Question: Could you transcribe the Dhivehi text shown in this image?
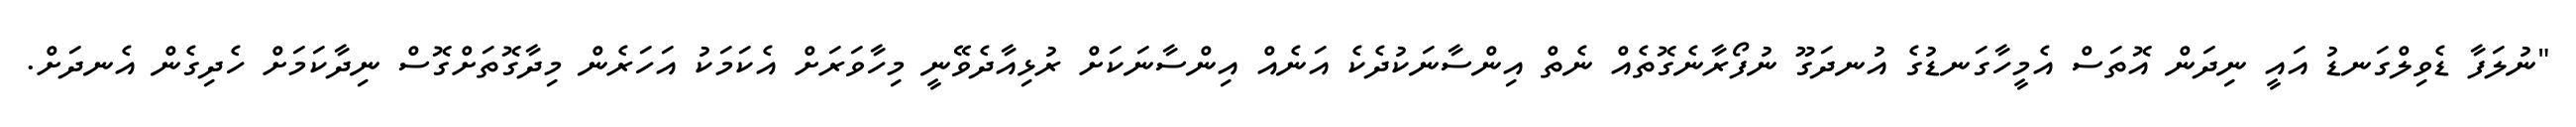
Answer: "ނުލަފާ ޑެވިލްގަނޑު އައީ ނިދަން އޮތަސް އެމީހާގަނޑުގެ އުނދަގޫ ނުފޯރާނެގޮތެއް ނެތް އިންސާނަކުދެކެ އަނެއް އިންސާނަކަށް ރުޅިއާދެވޭނީ މިހާވަރަށް އެކަމަކު އަހަރެން މިދާގޮތަށްގޮސް ނިދާކަމަށް ހެދިގެން އެނދަށް.